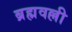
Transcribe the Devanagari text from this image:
ब्रह्मवल्ली